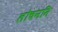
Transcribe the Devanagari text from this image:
लोचननि